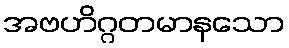
အဗဟိဂ္ဂတမာနသော